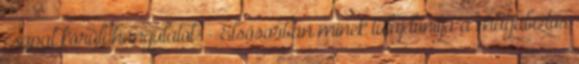
csapat körüli hangulatot: - Elsősorban minek tulajdonítja a magabiztos